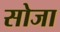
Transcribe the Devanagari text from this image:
सोजा